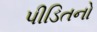
પીડિતનો